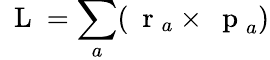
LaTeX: \mathrm{~\mathbf~L~}=\sum_{a}(\mathrm{~\mathbf~r~}_{a}\times\mathrm{~\mathbf~p~}_{a})